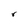
Character: r